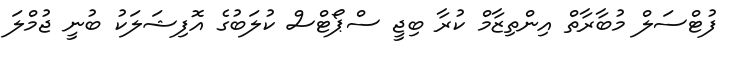
ފުޓްސަލް މުބާރާތް އިންތިޒާމް ކުރާ ބިޖީ ސްޕޯޓްސް ކުލަބުގެ އޮފިޝަލަކު ބުނީ ޖުމްލަ